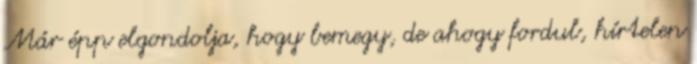
Már épp elgondolja, hogy bemegy, de ahogy fordul, hírtelen